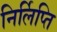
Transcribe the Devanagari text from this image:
निर्लिप्ति